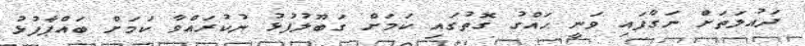
ދައުލަތަށް ނަގާފައި ވަނީ ހައްގު ގޮތުގައި ކަމަށް ގަބޫލުފުޅު ނުކުރައްވާ ކަމަށް ބައްޕާފުޅު